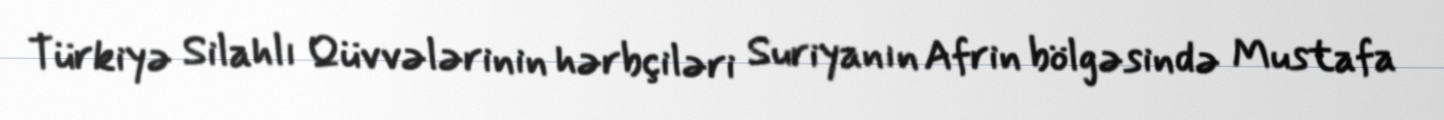
Türkiyə Silahlı Qüvvələrinin hərbçiləri Suriyanın Afrin bölgəsində Mustafa